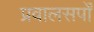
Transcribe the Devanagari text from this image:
प्रवालसर्पों